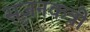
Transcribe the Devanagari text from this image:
सृजनकत्री